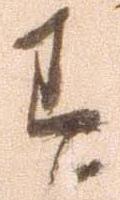
す